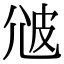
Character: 𤿑